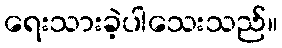
ရေးသားခဲ့ပါသေးသည်။